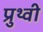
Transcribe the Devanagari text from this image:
प्रुथ्वी